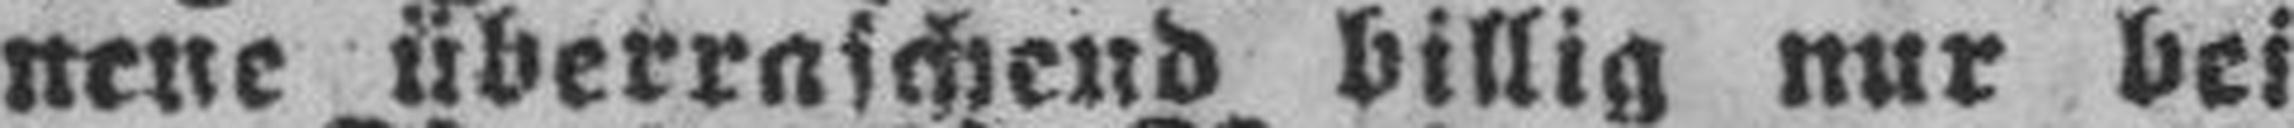
neue überraschend billig nur bei